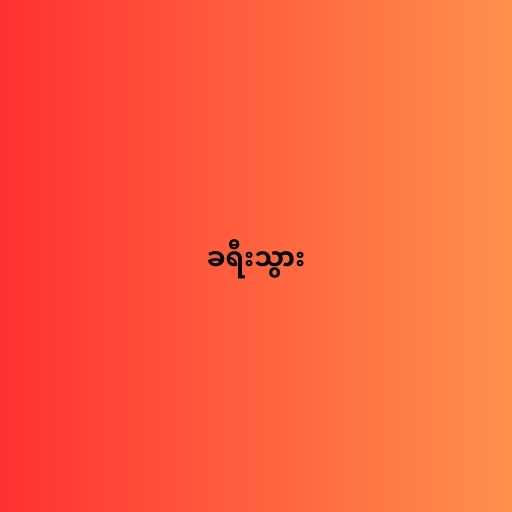
ခရီးသွား